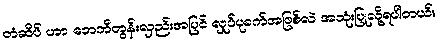
တံဆိပ် ဟာ ဘေဘီတွန်းလှည်းအပြင် လှုပ်ပုခက်အဖြစ်လဲ အသုံးပြုလို့ရပါတယ်။